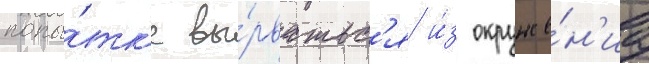
попы́тк'е вы́рватьс'я и́з окруже́н'иа